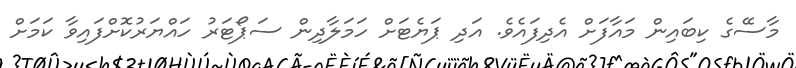
މާސޭގެ ކިބައިން މައާފަށް އެދިފައެވެ. އަދި ޕަޔެޓަށް ހަމަލާދިން ސަޕޯޓަރު ހައްޔަރުކޮށްފައިވާ ކަމަށް